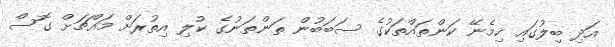
އަދި ބިލުގައި ހިމެނޭ ކަންތައްތަކުގެ ސަބަބުން ތަންތަނުގެ ކުލި އިތުރަށް މައްޗަށް ގޮސް